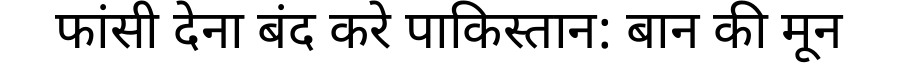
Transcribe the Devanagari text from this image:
फांसी देना बंद करे पाकिस्तान: बान की मून